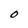
Character: O